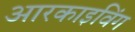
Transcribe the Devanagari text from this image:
आरकाइविंग